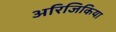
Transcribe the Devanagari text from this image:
अरिजिकिया